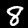
Label: 8